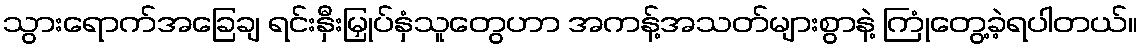
သွားရောက်အခြေချ ရင်းနှီးမြှုပ်နှံသူတွေဟာ အကန့်အသတ်များစွာနဲ့ ကြုံတွေ့ခဲ့ရပါတယ်။